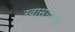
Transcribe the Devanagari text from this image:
उवासगदसा